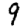
Digit: 9